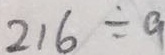
2 1 6 \div a